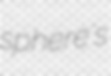
sphere's